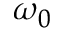
\omega _ { 0 }